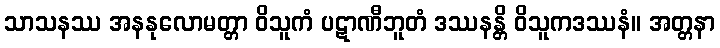
သာသနဿ အနနုလောမတ္တာ ဝိသူကံ ပဋာဏီဘူတံ ဒဿနန္တိ ဝိသူကဒဿနံ။ အတ္တနာ